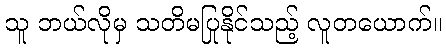
သူ ဘယ်လိုမှ သတိမပြုနိုင်သည့် လူတယောက်။